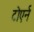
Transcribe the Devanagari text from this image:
टोएर्न